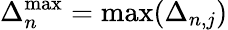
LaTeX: \Delta_{n}^{\mathrm{max}}=\operatorname*{max}(\Delta_{n,j})